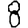
Digit: 8